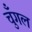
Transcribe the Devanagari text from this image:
चुँगल